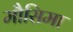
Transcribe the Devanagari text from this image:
मौसिमा